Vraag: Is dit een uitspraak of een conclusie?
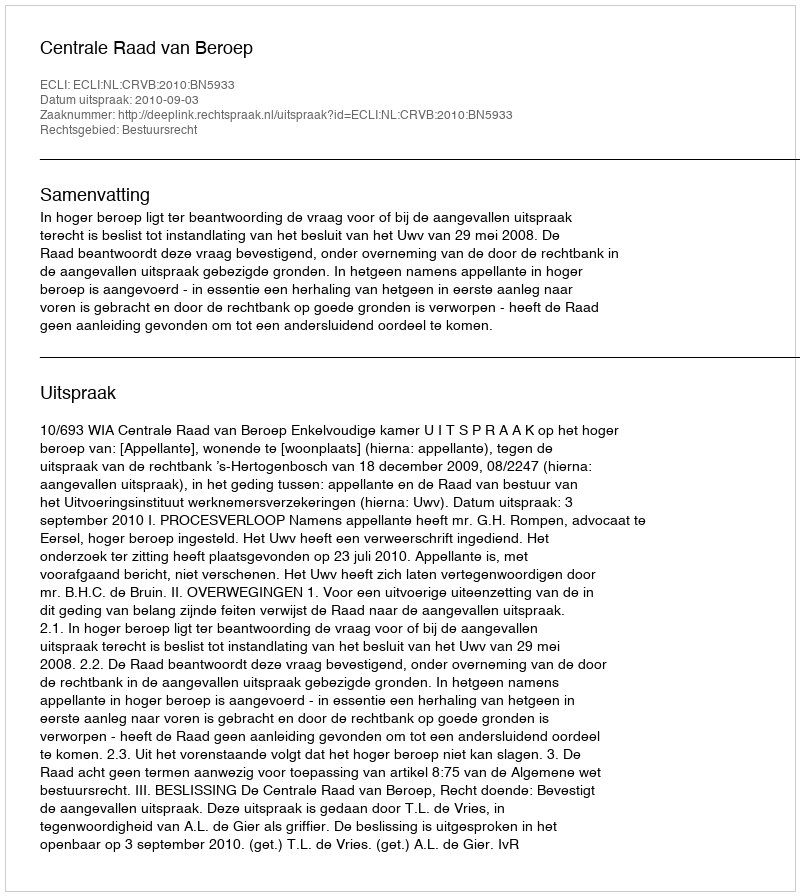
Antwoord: Uitspraak